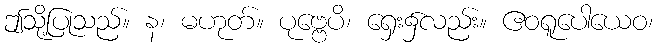
ဤသို့ပြုသည်။ န၊ မဟုတ်။ ပုဗ္ဗေပိ၊ ရှေး၌လည်း။ ဧဝရူပေါယေဝ၊